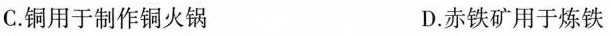
C.铜用于制作铜火锅 D.赤铁矿用于炼铁